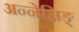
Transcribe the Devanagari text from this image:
अन्नेक्षिङ्